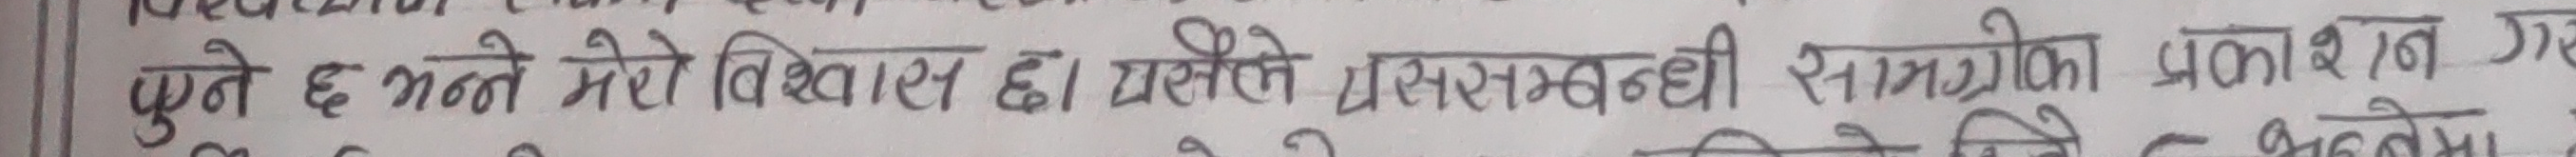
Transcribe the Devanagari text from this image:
पुग्ने छ भन्ने मेरो विश्वास छ। यस्ले प्रशासन सम्बन्धी सामग्रीको प्रकाशन ग